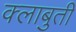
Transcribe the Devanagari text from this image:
क्लाबुती